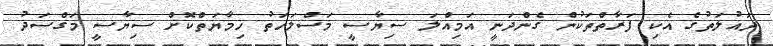
ދައުލަތުގެ އެކި ފަރާތްތަކުން ގެންދަނީ އަމިއްލަ ސިޔާސީ މަސްލަހަތު ހިމާޔަތްކޮށް ސިޔާސީ މަގްސަދު